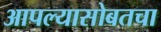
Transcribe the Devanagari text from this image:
आपल्यासोबतचा